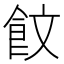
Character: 𮸾